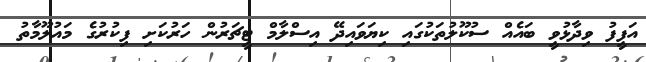
އަފީފު ވިދާޅުވީ ބައެއް ސުކޫލުތަކުގައި ކިޔަވައިދޭ އިސްލާމް ޓީޗަރުން ހަރުކަށި ފިކުރުގެ މައުލޫމާތު